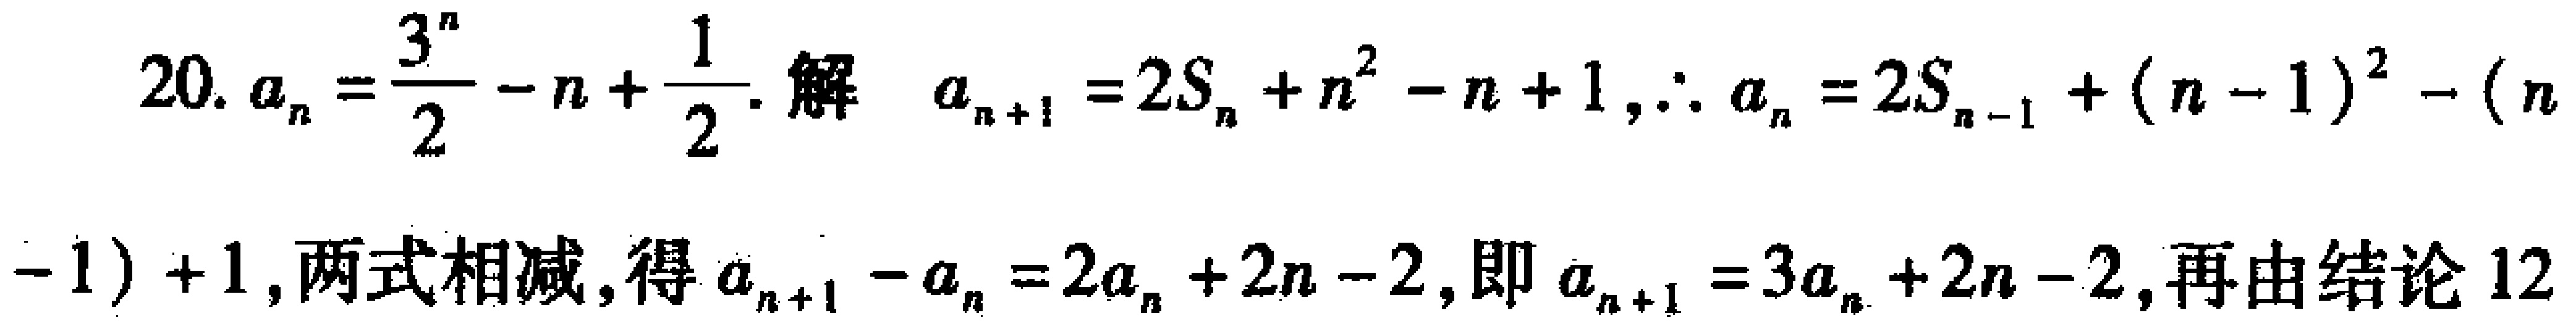
20. \(a_{n}=\frac{3^{n}}{2}-n + \frac{1}{2}\). 解 \(a_{n + 1}=2S_{n}+n^{2}-n + 1\), \(\therefore a_{n}=2S_{n - 1}+(n - 1)^{2}-(n - 1)+1\), 两式相减, 得 \(a_{n + 1}-a_{n}=2a_{n}+2n - 2\), 即 \(a_{n + 1}=3a_{n}+2n - 2\), 再由结论12